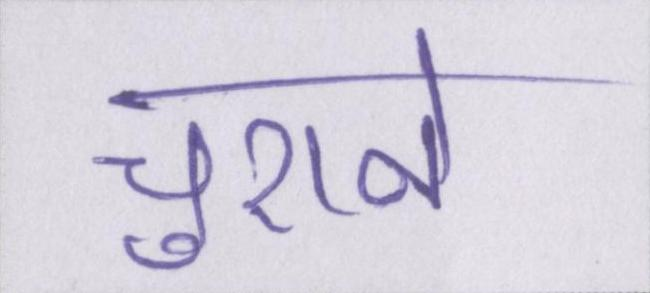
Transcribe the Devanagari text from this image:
चुराने